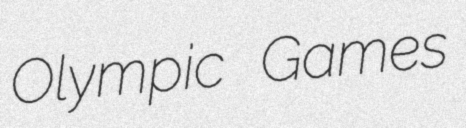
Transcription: Olympic Games